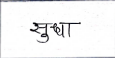
मजकूर: सुधा